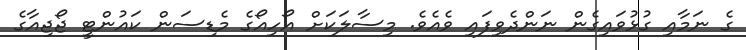
ގެ ނަމާއި ގުޅުވައިގެން ނަންދެވިފައި ވެއެވެ. މިސާލަކަށް އޯހިއޯގެ މެޑިސަން ކައުންޓީ ޖޯޖިއާގެ